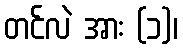
တင်လဲ အား (၁)၊